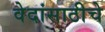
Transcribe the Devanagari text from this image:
वेदांसाठीचे